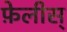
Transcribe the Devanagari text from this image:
फ़ेलीस्